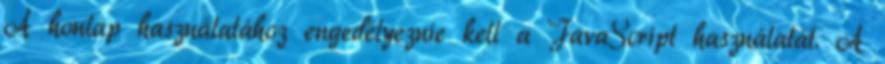
A honlap használatához engedélyeznie kell a JavaScript használatát. A